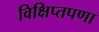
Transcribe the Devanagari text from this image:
विक्षिप्तपणा